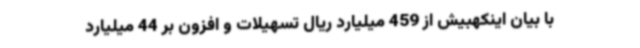
با بیان اینکهبیش از 459 میلیارد ریال تسهیلات و افزون بر 44 میلیارد